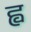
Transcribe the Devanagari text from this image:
ह्व